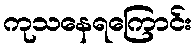
ကုသနေရကြောင်း